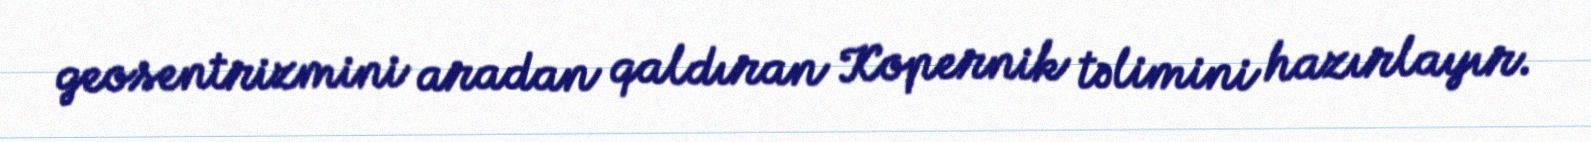
geosentrizmini aradan qaldıran Kopernik təlimini hazırlayır.